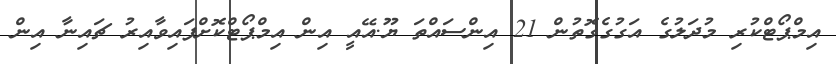
އިމްޕޯޓްކުރި މުދަލުގެ އަގުގެގޮތުން 21 އިންސައްތަ ޔޫ.އޭއީ އިން އިމްޕޯޓްކޮށްފައިވާއިރު ޗައިނާ އިން